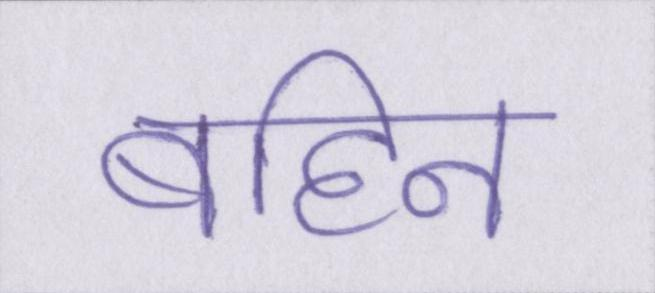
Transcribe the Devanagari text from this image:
बहिन